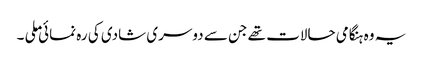
یہ وہ ہنگامی حالات تھے جن سے دوسری شادی کی رہ نمائی ملی ۔